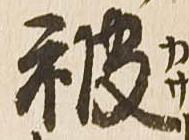
被